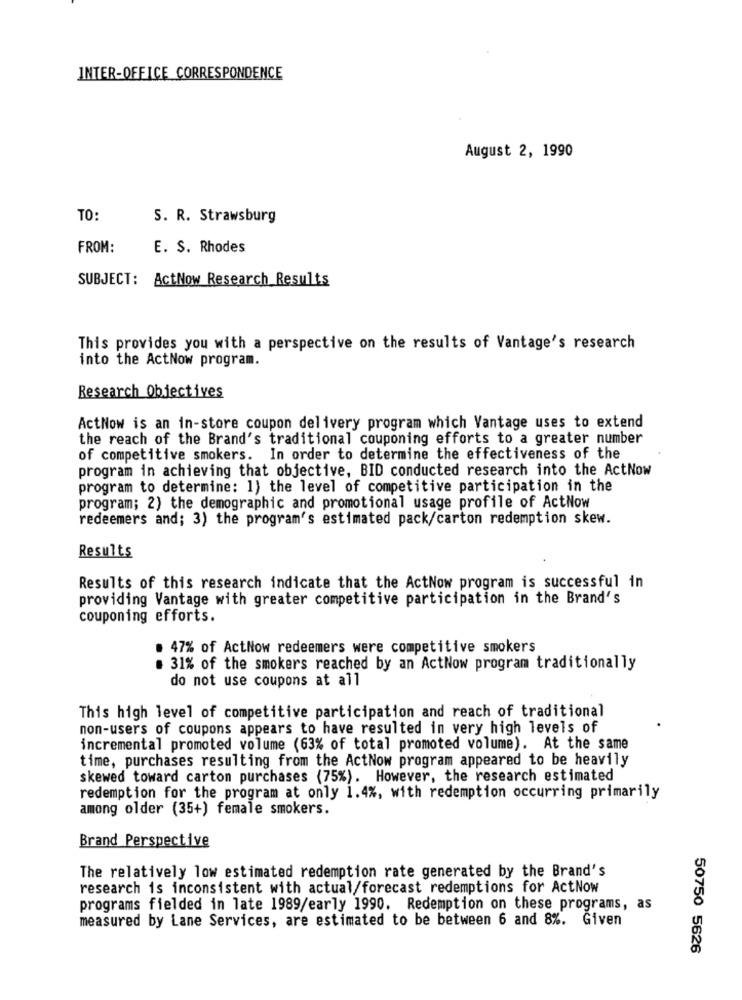
INTER-OFFICE CORRESPONDENCE
August 2, 1990
TO:
S. R. Strawsburg
FROM:
E. S. Rhodes
SUBJECT: ActNow Research Results
This provides you with a perspective on the results of Vantage's research
into the ActNow program.
Research Objectives
ActNow is an in-store coupon delivery program which Vantage uses to extend
the reach of the Brand's traditional couponing efforts to a greater number
of competitive smokers. In order to determine the effectiveness of the
program in achieving that objective, BID conducted research into the ActNow
program to determine: 1) the level of competitive participation in the
program; 2) the demographic and promotional usage profile of ActNow
redeemers and; 3) the program's estimated pack/carton redemption skew.
Results
Results of this research indicate that the ActNow program is successful in
providing Vantage with greater competitive participation in the Brand's
couponing efforts.
. 47% of ActNow redeemers were competitive smokers
. 31% of the smokers reached by an ActNow program traditionally
do not use coupons at all
This high level of competitive participation and reach of traditional
non-users of coupons appears to have resulted in very high levels of
incremental promoted volume (63% of total promoted volume). At the same
time, purchases resulting from the ActNow program appeared to be heavily
skewed toward carton purchases (75%). However, the research estimated
redemption for the program at only 1.4%, with redemption occurring primarily
among older (35+) female smokers.
Brand Perspective
The relatively low estimated redemption rate generated by the Brand's
research is inconsistent with actual/forecast redemptions for ActNow
programs fielded in late 1989/early 1990. Redemption on these programs, as
measured by Lane Services, are estimated to be between 6 and 8%. Given
50750 5626